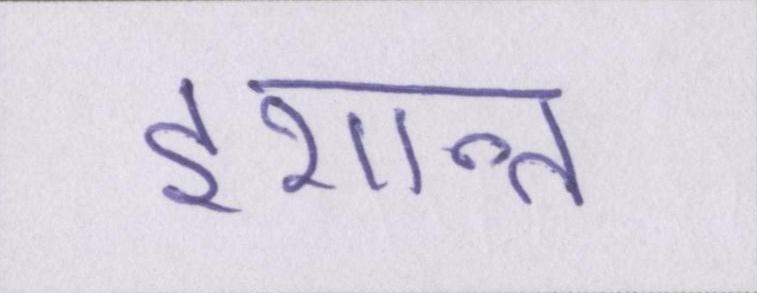
इशान्त